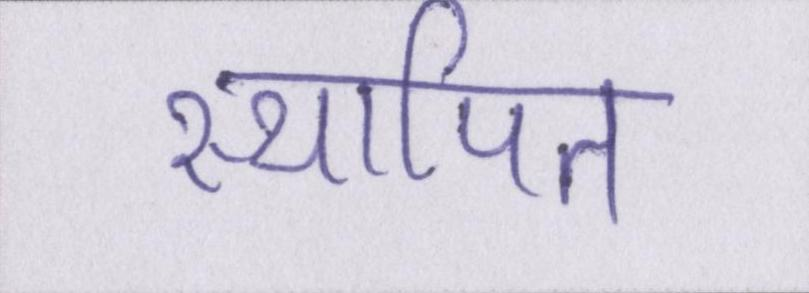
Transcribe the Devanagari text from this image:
स्थापित